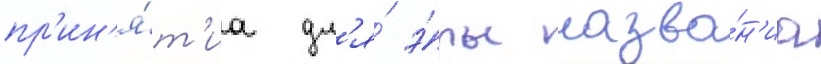
пр'ин'я́т'иа дл'я́ э́ры назва́н'иа